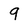
Character: 9